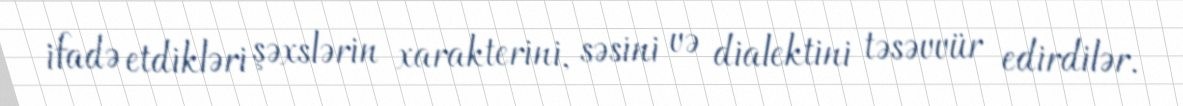
ifadə etdikləri şəxslərin xarakterini, səsini və dialektini təsəvvür edirdilər.